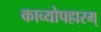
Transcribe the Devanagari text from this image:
काव्योपहारम्